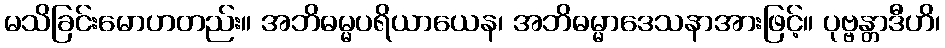
မသိခြင်းမောဟတည်း။ အဘိဓမ္မပရိယာယေန၊ အဘိဓမ္မာဒေသနာအားဖြင့်။ ပုဗ္ဗန္တာဒီဟိ၊